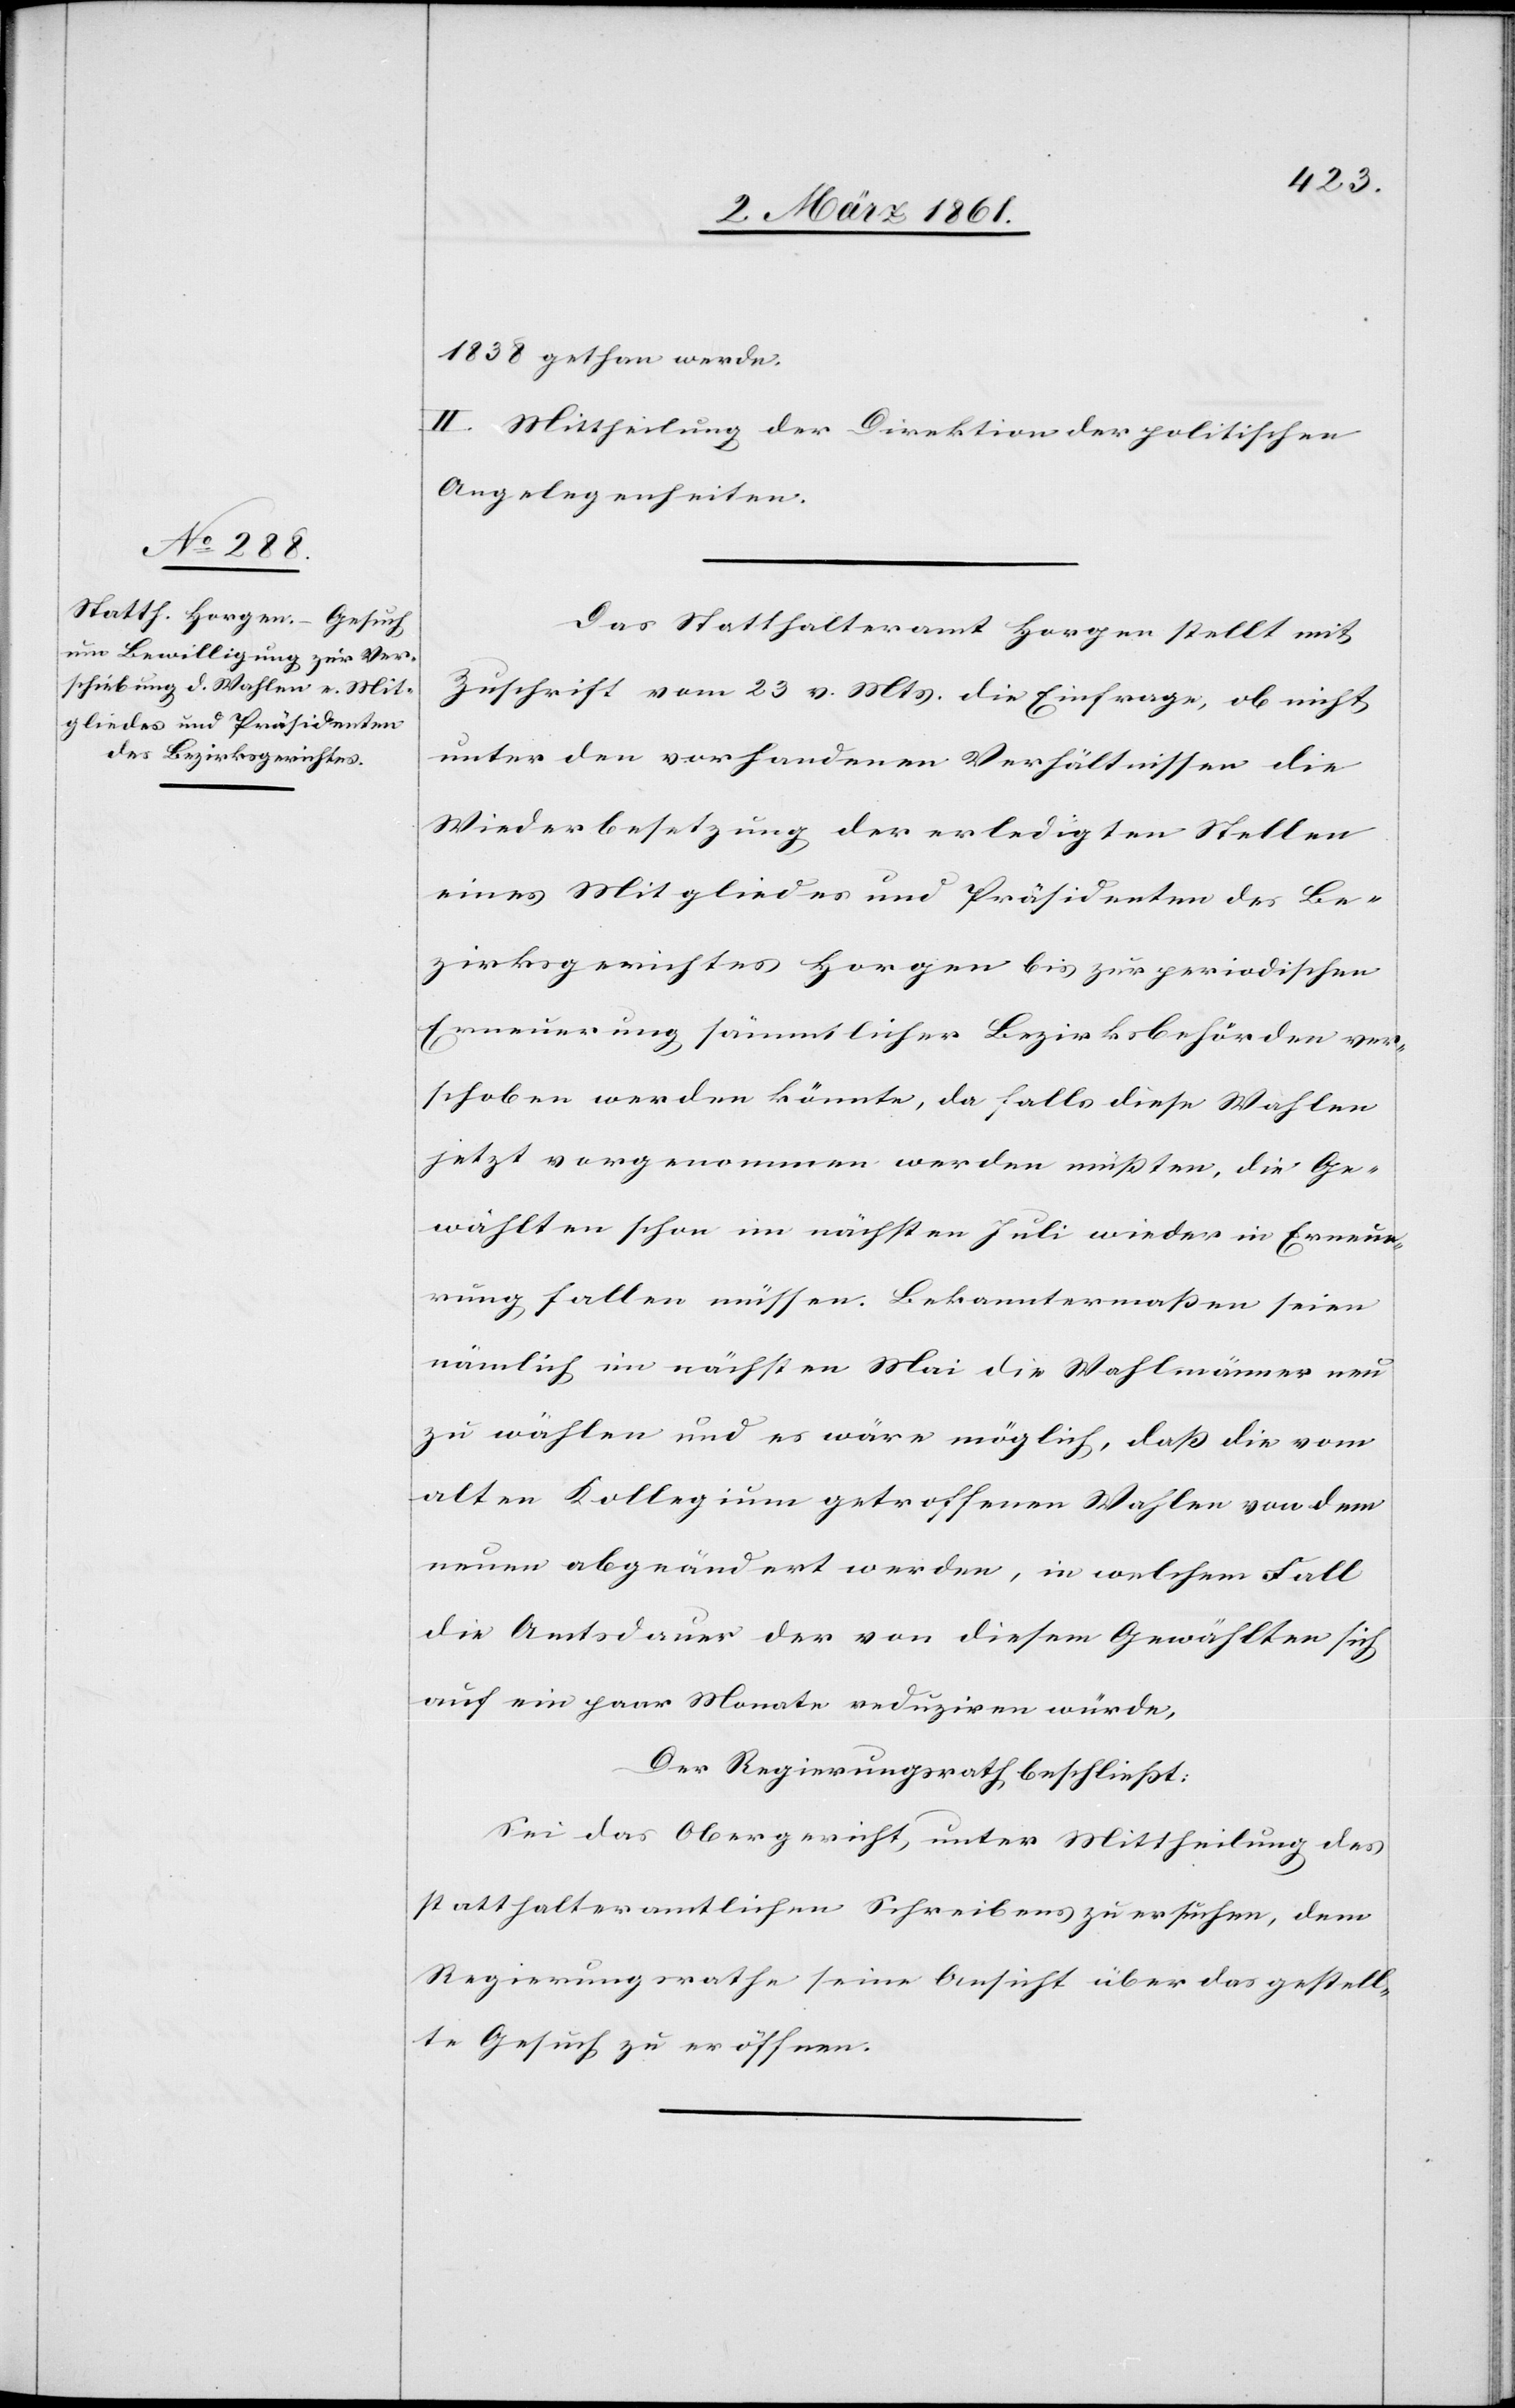
1838 gethan werde.
II. Mittheilung der Direktion der politischen
Angelegenheiten.
Das Statthalteramt Horgen stellt mit
Zuschrift vom 23. v. Mts. die Einfrage, ob nicht
unter den vorhandenen Verhältnissen die
Wiederbesetzung der erledigten Stellen
eines Mitgliedes und Präsidenten des Be¬
zirksgerichtes Horgen bis zur periodischen
Erneuerung sämmtlicher Bezirksbehörden ver¬
schoben werden könnte, da falls diese Wahlen
jetzt vorgenommen werden mussten, die Ge¬
wählten schon im nächsten Juli wieder in Erneue¬
rung fallen müssen. Bekanntermassen seien
nämlich im nächsten Mai die Wahlmänner neu
zu wählen und es wäre möglich, dass die vom
alten Kollegium getroffenen Wahlen von dem
neuen abgeändert werden, in welchem Fall
die Amtsdauer der von diesem Gewählten sich
auf ein paar Monate reduziren würde.
Der Regierungsrath beschliesst:
Sei das Obergericht unter Mittheilung des
statthalteramtlichen Schreibens zu ersuchen, dem
Regierungsrathe seine Ansicht über das gestell¬
te Gesuch zu eröffnen.